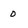
Character: 0